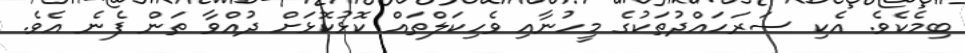
ބިމެކެވެ. އެކި ސަރަހައްދުތަކުގެ މީހުނާއި ވެހިކަލްތައް ކޮޅުކޮޅަށް ދުއްވާ ތަން ފެނެ އެވެ.